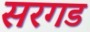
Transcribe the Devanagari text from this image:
सरगड